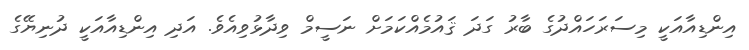
އިންޑިއާއަކީ މިސަރަހައްދުގެ ބާރު ގަދަ ޤައުމެއްކަމަށް ނަސީމް ވިދާޅުވިއެވެ. އަދި އިންޑިއާއަކީ ދުނިޔޭގެ